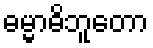
ဓမ္မာဓိဘူတော